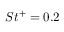
{ S t ^ { + } } = 0 . 2